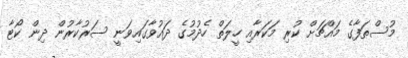
މުސްތަފާގެ މައްޗަށް ކުރި މަކަރާއި ހީލަތް ހެދުމުގެ ދައުވާގައިވަނީ ސަރުކާރުން ދިން ކޯޓާ